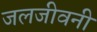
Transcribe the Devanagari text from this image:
जलजीवनी